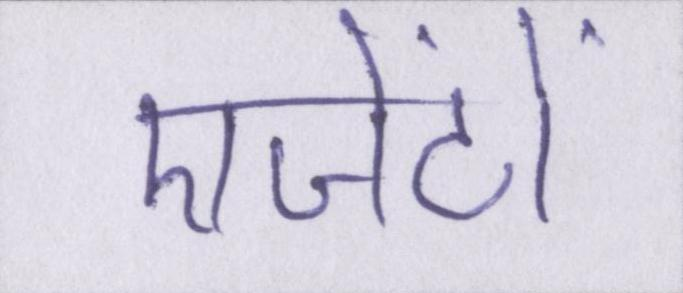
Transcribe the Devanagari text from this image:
एजेंटों